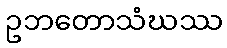
ဥဘတောသံဃဿ